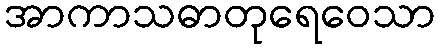
အာကာသဓာတုရေဝေသာ